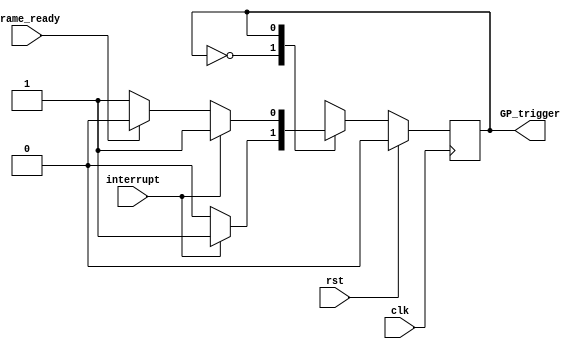
module GPTrigger( input clk,
		  input rst,
		  input interrupt,
		  input frame_ready,
		  output GP_trigger);

   

   localparam IDLE = 1'b0;
   localparam WAIT_HANDSHAKE = 1'b1;
   
   reg 			 curState, nextState;
  
   always@(posedge clk) begin
      if (rst) 
	curState <= IDLE;
      else
	curState <= nextState;
   end

   always@(*) begin
      case(curState)
	IDLE: begin
	  nextState = (interrupt)? WAIT_HANDSHAKE : curState;
	end
	
	WAIT_HANDSHAKE: begin
	  nextState = (interrupt)? curState:
		      (frame_ready)? IDLE:
		      curState;
	end
      endcase // case (curState)
   end // always@ (*)

   assign GP_trigger = (curState == WAIT_HANDSHAKE);
   
endmodule